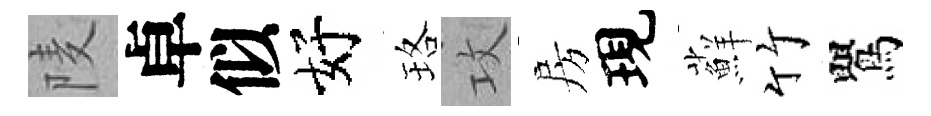
𨹧卓似好珞攻房現蘚竹鸎